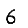
Digit: 6